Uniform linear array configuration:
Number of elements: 12
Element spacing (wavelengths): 0.25
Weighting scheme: hamming
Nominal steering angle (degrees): -45
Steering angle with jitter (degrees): -43.175
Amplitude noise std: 0.05
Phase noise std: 0.05

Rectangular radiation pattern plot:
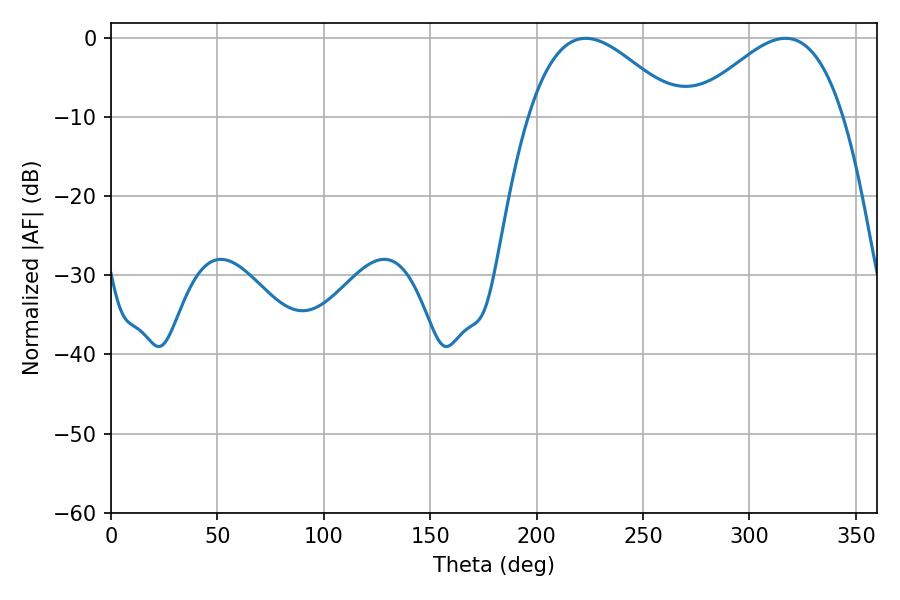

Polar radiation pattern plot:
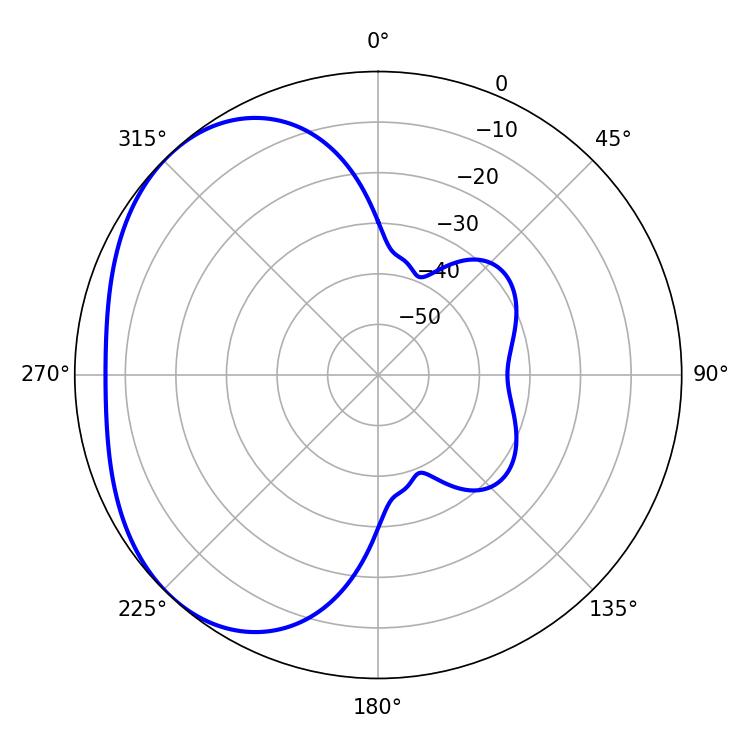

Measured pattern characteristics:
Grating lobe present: FALSE
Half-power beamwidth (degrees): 38.16
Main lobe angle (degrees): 223.02